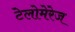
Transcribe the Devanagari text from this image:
टेलोमेरेज